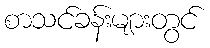
စာသင်ခန်းများတွင်